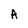
Character: A